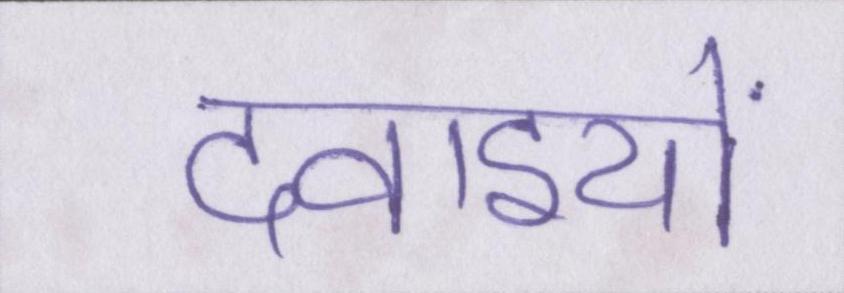
दवाइयों